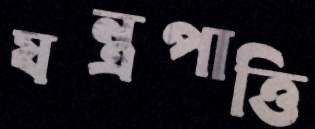
যন্ত্রপাত্তি